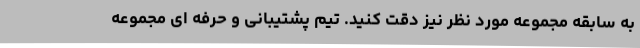
به سابقه مجموعه مورد نظر نیز دقت کنید. تیم پشتیبانی و حرفه ای مجموعه